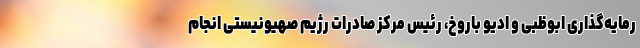
رمایه‌گذاری ابوظبی و ادیو باروخ، رئیس مرکز صادرات رژیم صهیونیستی انجام